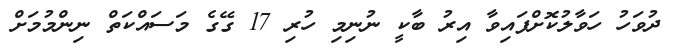
ދުވަހު ހަވާލުކޮށްފައިވާ އިރު ބާކީ ނުނިމި ހުރި 17 ގޭގެ މަސައްކަތް ނިންމުމަށް